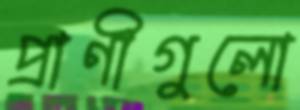
প্রাণীগুলো